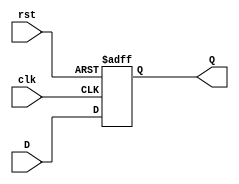
`timescale 1ns / 1ps
//////////////////////////////////////////////////////////////////////////////////
// Company: AUC
// 
// Design Name: 
// Module Name: DFF
// Project Name: Single Cycle rv32i Processor
// Target Devices: 
// Tool Versions: 
// Description: D flip-flop
// 
// Dependencies: 
// 
// Revision:
// Revision 0.01 - File Created
// Additional Comments:
// 
//////////////////////////////////////////////////////////////////////////////////


module DFF (
    input clk, 
    input rst, 
    input D, 
    output reg Q
);
    always @ (posedge clk or posedge rst) begin
        if (rst) begin
            Q <= 1'b0;
        end 
        else begin
            Q <= D;
        end
    end
endmodule